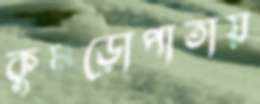
কুমড়োপাতায়